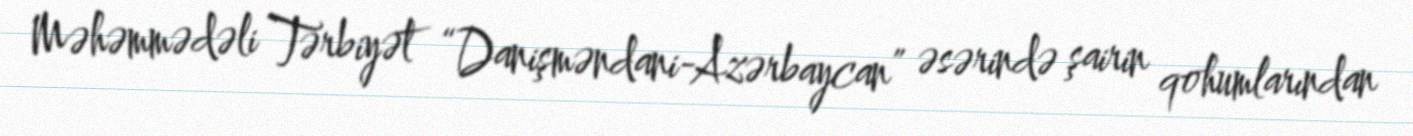
Məhəmmədəli Tərbiyət “Danişməndani-Azərbaycan” əsərində şairin qohumlarından